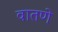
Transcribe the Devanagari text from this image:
वातणे